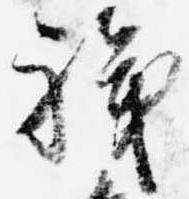
職